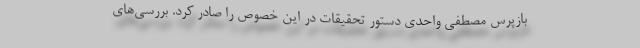
بازپرس مصطفی واحدی دستور تحقیقات در این خصوص را صادر کرد. بررسی‌های